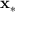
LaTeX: \mathbf { x } _ { * }